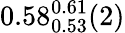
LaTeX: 0.58_{0.53}^{0.61}(2)